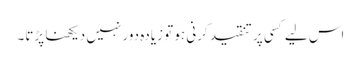
اس لیے کسی پر تنقید کرنی ہو تو زیادہ دور نہیں دیکھنا پڑتا۔